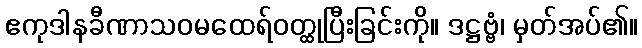
ဧကုဒါနခီဏာသဝမထေရ်ဝတ္ထုပြီးခြင်းကို။ ဒဋ္ဌဗ္ဗံ၊ မှတ်အပ်၏။